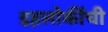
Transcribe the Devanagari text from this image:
इहलोकींची